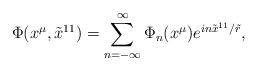
LaTeX: \begin{align*}\Phi (x^\mu, {\tilde x}^{11}) = \sum_{n = -\infty}^\infty \Phi_n (x^\mu) e^{i n {\tilde x}^{11} / {\tilde r}},\end{align*}